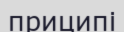
приципі